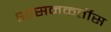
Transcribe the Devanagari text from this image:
शासनकर्तीस